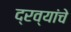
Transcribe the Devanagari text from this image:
द्रव्यांचे